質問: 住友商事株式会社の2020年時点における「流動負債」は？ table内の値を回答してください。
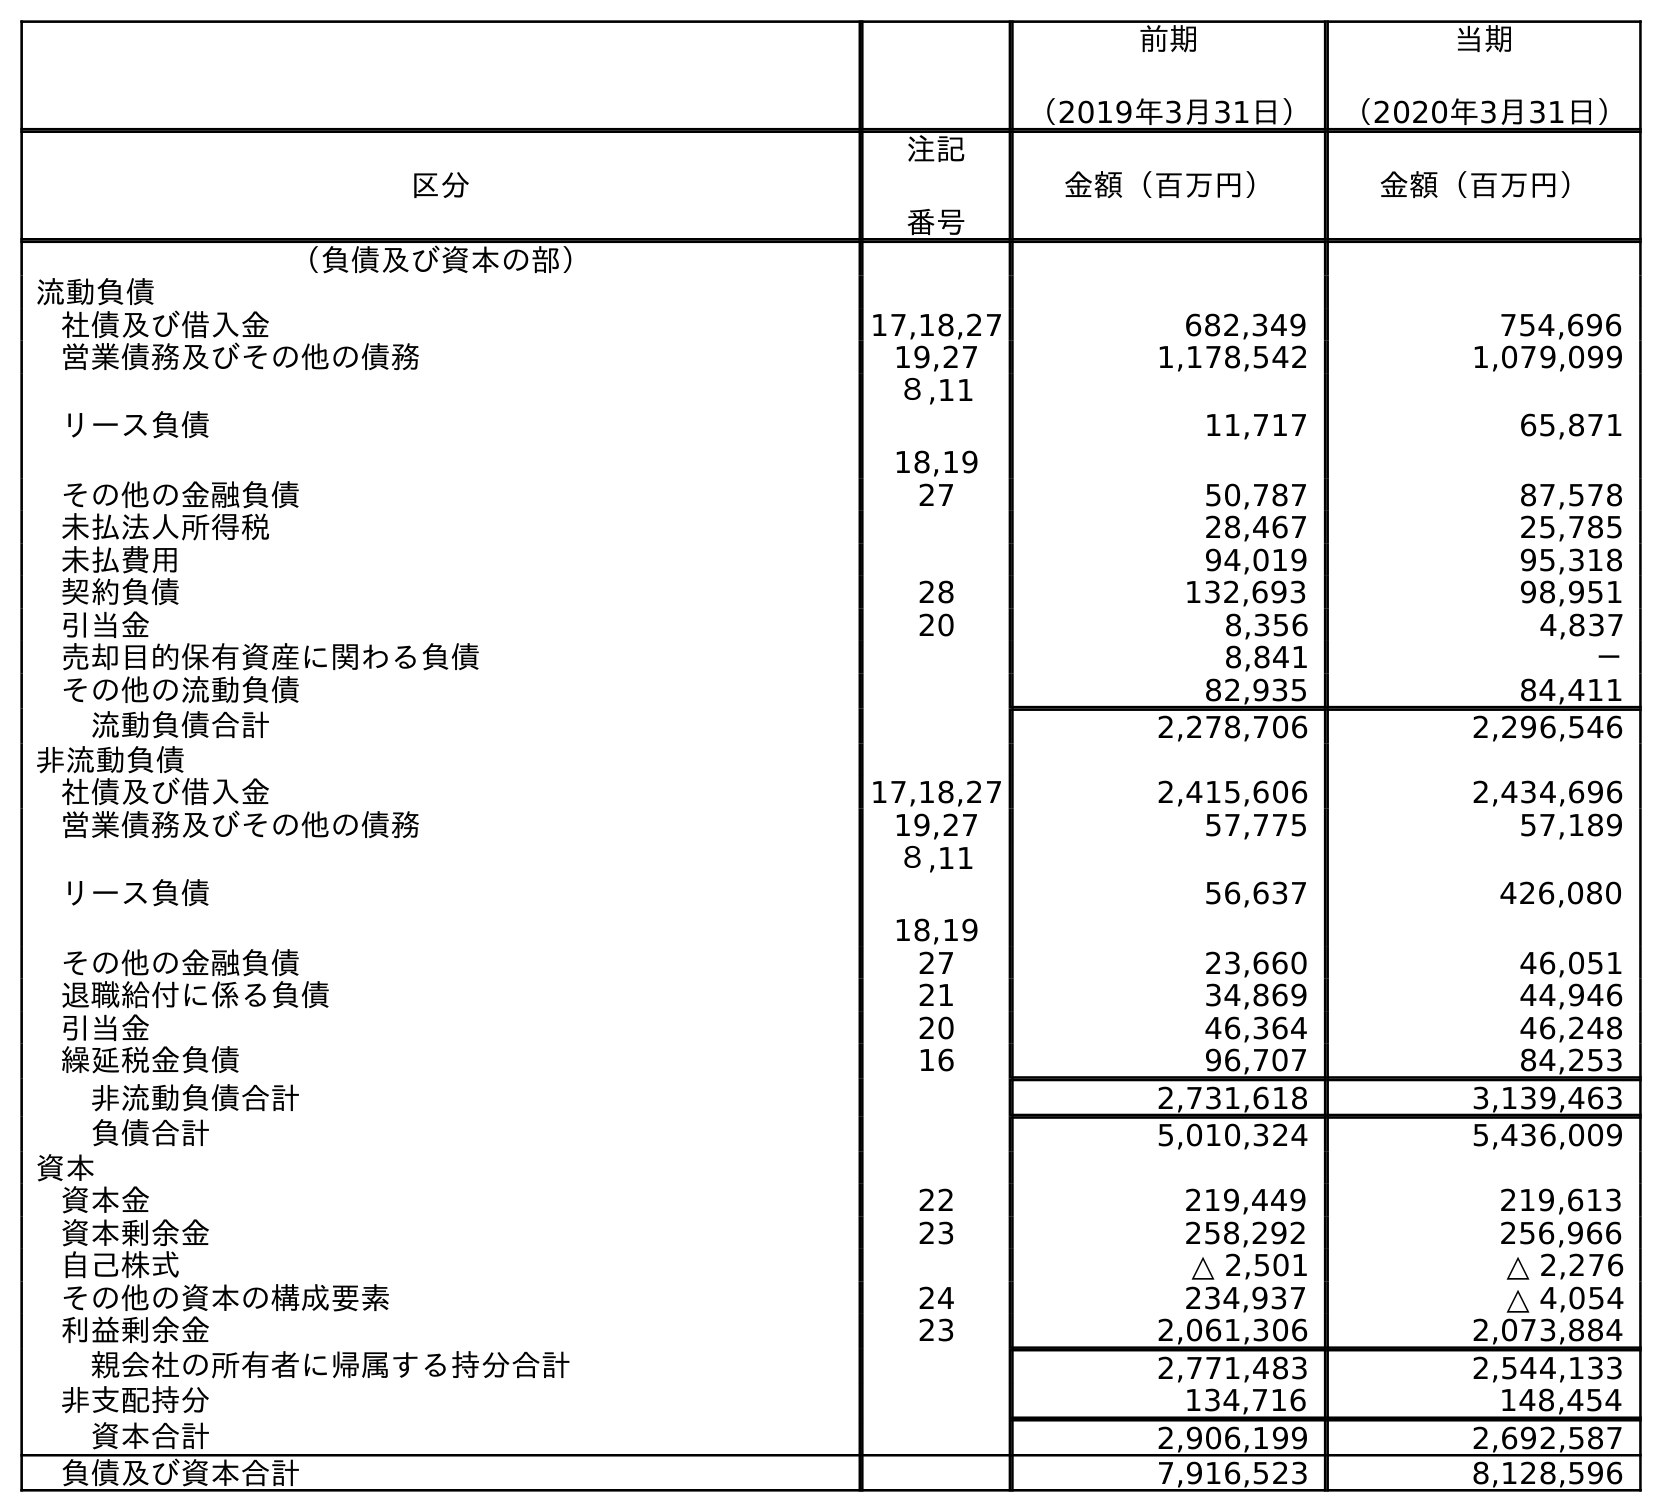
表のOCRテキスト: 前期 （2019年3月31日） 当期 （2020年3月31日） 区分 注記 番号 金額（百万円） 金額（百万円） （負債及び資本の部） 流動負債 社債及び借入金 17,18,27 682,349 754,696 営業債務及びその他の債務 19,27 1,178,542 1,079,099 リース負債 ８,11 18,19 11,717 65,871 その他の金融負債 27 50,787 87,578 未払法人所得税 28,467 25,785 未払費用 94,019 95,318 契約負債 28 132,693 98,951 引当金 20 8,356 4,837 売却目的保有資産に関わる負債 8,841 － その他の流動負債 82,935 84,411 流動負債合計 2,278,706 2,296,546 非流動負債 社債及び借入金 17,18,27 2,415,606 2,434,696 営業債務及びその他の債務 19,27 57,775 57,189 リース負債 ８,11 18,19 56,637 426,080 その他の金融負債 27 23,660 46,051 退職給付に係る負債 21 34,869 44,946 引当金 20 46,364 46,248 繰延税金負債 16 96,707 84,253 非流動負債合計 2,731,618 3,139,463 負債合計 5,010,324 5,436,009 資本 資本金 22 219,449 219,613 資本剰余金 23 258,292 256,966 自己株式 △ 2,501 △ 2,276 その他の資本の構成要素 24 234,937 △ 4,054 利益剰余金 23 2,061,306 2,073,884 親会社の所有者に帰属する持分合計 2,771,483 2,544,133 非支配持分 134,716 148,454 資本合計 2,906,199 2,692,587 負債及び資本合計 7,916,523 8,128,596
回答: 2,296,546